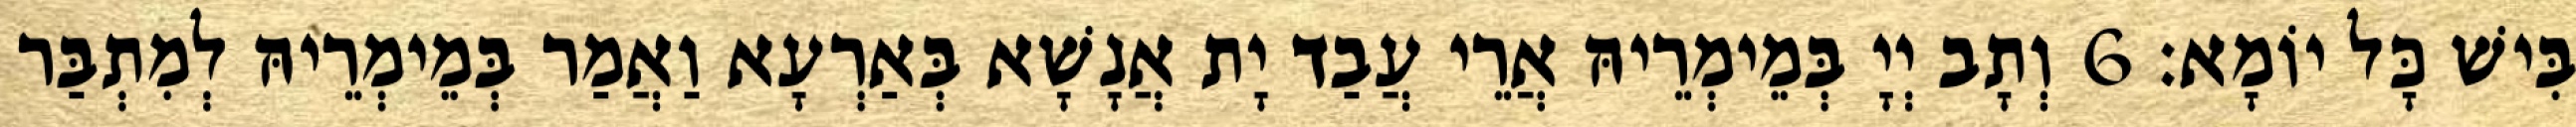
בִּישׁ כָּל יוֹמָא׃ 6 וְתָב יְיָ בְּמֵימְרֵיהּ אֲרֵי עֲבַד יָת אֲנָשָׁא בְּאַרְעָא וַאֲמַר בְּמֵימְרֵיהּ לְמִתְבַּר